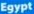
Egypt